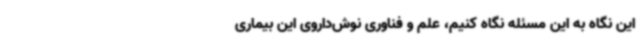
این نگاه به این مسئله نگاه کنیم، علم و فناوری نوش‌داروی این بیماری